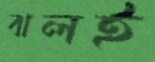
ঝলই